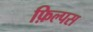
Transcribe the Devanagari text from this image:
फ़िल्पस